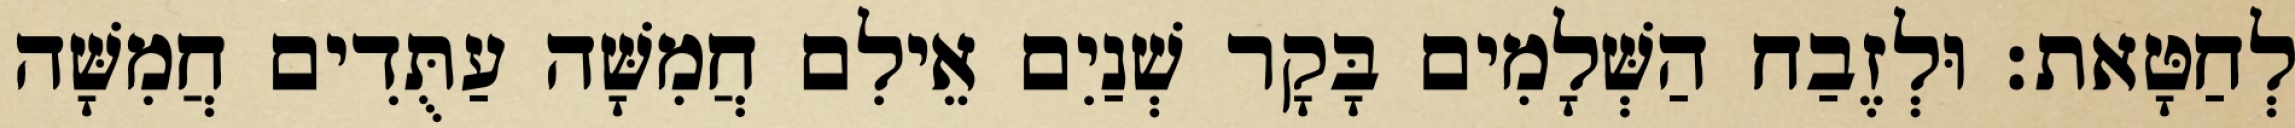
לְחַטָּאת׃ וּלְזֶבַח הַשְּׁלָמִים בָּקָר שְׁנַיִם אֵילִם חֲמִשָּׁה עַתֻּדִים חֲמִשָּׁה